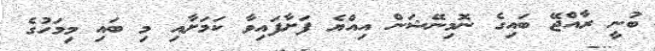
ބުނީ ރާއްޖޭ ބައިގެ ނޮމިނޭޝަން އިއްޔެ ފަށާފައިވާ ކަމަށާއި މި ބައި މިމަހުގެ